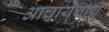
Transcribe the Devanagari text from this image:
आचार्यगणों